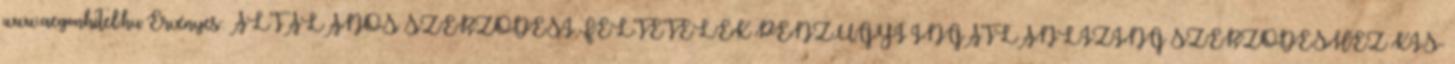
www.aegonhitel.hu Érvényes: ÁLTALÁNOS SZERZŐDÉSI FELTÉTELEK PÉNZÜGYI INGATLANLÍZING SZERZŐDÉSHEZ KIS-